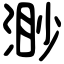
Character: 渺